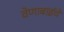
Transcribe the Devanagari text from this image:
वेणाबाईचे